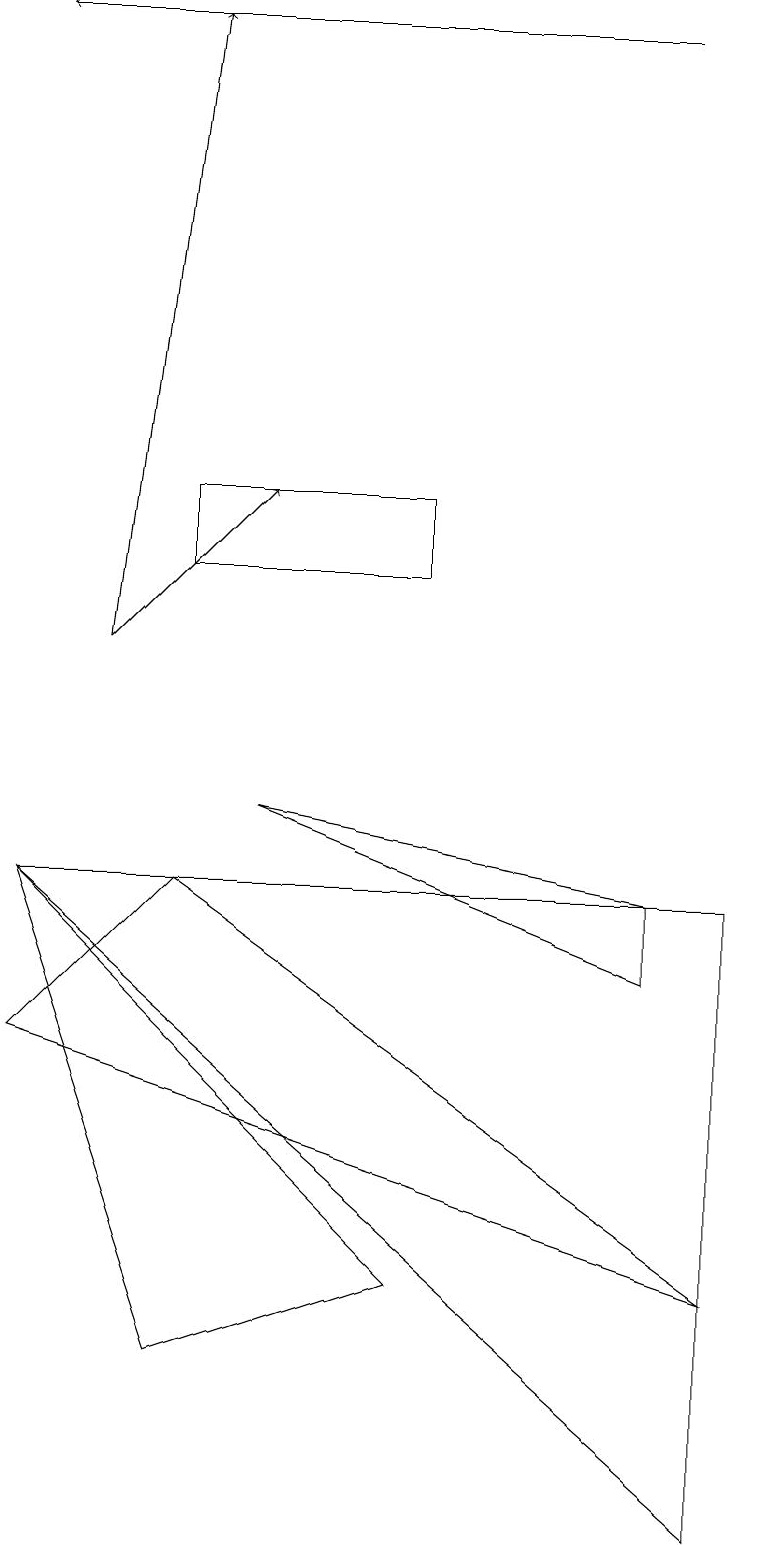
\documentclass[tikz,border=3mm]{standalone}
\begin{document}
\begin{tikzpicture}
\draw[->] (8,19) -- (0,19);
\draw (9,3) -- (0,6) -- (2,8) -- cycle;
\draw (9,0) -- (9,8) -- (0,8) -- cycle;
\draw[->] (1,11) -- (2,19);
\draw[->] (1,11) -- (3,13);
\draw (5,12) rectangle (2,13);
\draw (5,3) -- (2,2) -- (0,8) -- cycle;
\draw (8,7) -- (3,9) -- (8,8) -- cycle;
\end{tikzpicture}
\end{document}